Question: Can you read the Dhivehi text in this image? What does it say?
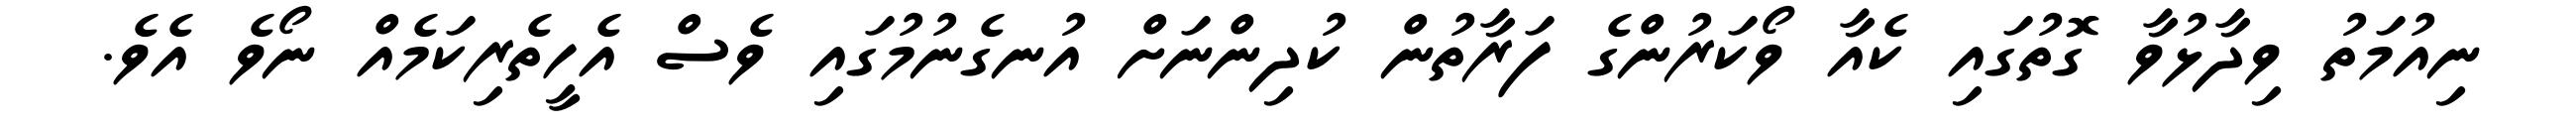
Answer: ނިއުމަތު ވިދާޅުވާ ގޮތުގައި ކެއާ ވޯކަރުންގެ ފަރާތުން ކުދިންނަށް އުނގެނުމުގައި ވެސް އެހީތެރިކަމެއް ނޯވެ އެވެ.